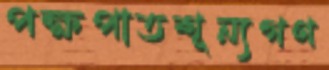
পক্ষপাতশূন্যগণ